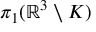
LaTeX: \pi _ { 1 } ( \mathbb { R } ^ { 3 } \setminus K )